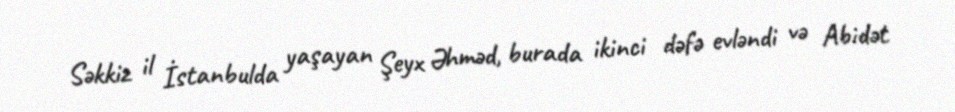
Səkkiz il İstanbulda yaşayan Şeyx Əhməd, burada ikinci dəfə evləndi və Abidət